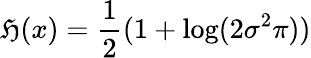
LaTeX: \mathfrak{H}(x)={\frac{{1}}{{2}}}(1+\log(2\sigma^{2}\pi))